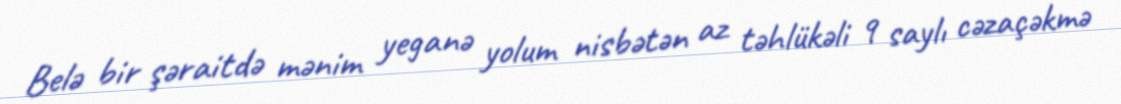
Belə bir şəraitdə mənim yeganə yolum nisbətən az təhlükəli 9 saylı cəzaçəkmə